Sketch of the medical history of the native army of Bombay, for the year
Year: 1870
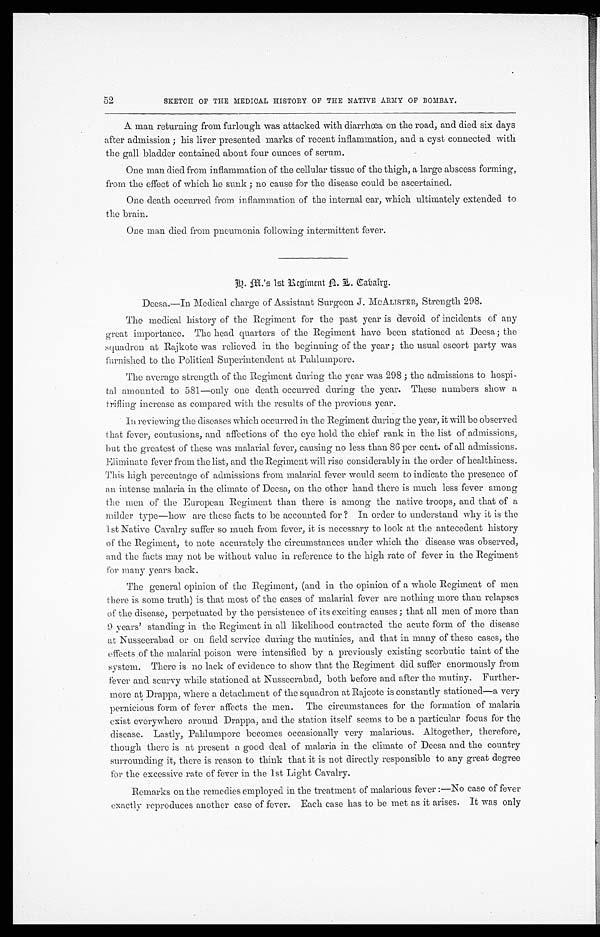
52
SKETCH OF THE MEDICAL HISTORY OF THE NATIVE ARMY OF BOMBAY.
A man returning from furlough was attacked with diarrhœa on the road, and died six days
after admission ; his liver presented marks of recent inflammation, and a cyst connected with
the gall bladder contained about four ounces of serum.
One man died from inflammation of the cellular tissue of the thigh, a large abscess forming,
from the effect of which he sunk ; no cause for the disease could be ascertained.
One death occurred from inflammation of the internal ear, which ultimately extended to
the brain.
One man died from pneumonia following intermittent fever.
H . M . ' s 1 s t R e g i m e n t A . L . C a b a l r g .
Deesa.—In Medical charge of Assistant Surgeon J. MCALISTER, Strength 298.
The medical history of the Regiment for the past year is devoid of incidents of any
great importance. The head quarters of the Regiment have been stationed at Deesa; the
squadron at Rajkote was relieved in the beginning of the year; the usual escort party was
furnished to the Political Superintendent at Pahlumpore.
The average strength of the Regiment during the year was 298 ; the admissions to hospi
-tal amounted to 581—only one death occurred during the year. These numbers show a
trifling increase as compared with the results of the previous year.
In reviewing the diseases which occurred in the Regiment during the year, it will be observed
that fever, contusions, and affections of the eye hold the chief rank in the list of admissions,
but the greatest of these was malarial fever, causing no less than 86 per cent. of all admissions.
Eliminate fever from the list, and the Regiment will rise considerably in the order of healthiness.
This high percentage of admissions from malarial fever would seem to indicate the presence of
an intense malaria in the climate of Deesa, on the other hand there is much less fever among
the men of the European Regiment than there is among the native troops, and that of a
milder type—how are these facts to be accounted for ? In order to understand why it is the
1st Native Cavalry suffer so much from fever, it is necessary to look at the antecedent history
of the Regiment, to note accurately the circumstances under which the disease was observed,
and the facts may not be without value in reference to the high rate of fever in the Regiment
for many years back.
The general opinion of the Regiment, (and in the opinion of a whole Regiment of men
there is some truth) is that most of the cases of malarial fever are nothing more than relapses
of the disease, perpetuated by the persistence of its exciting causes; that all men of more than
9 years' standing in the Regiment in all likelihood contracted the acute form of the disease
at Nusseerabad or on field service during the mutinies, and that in many of these cases, the
effects of the malarial poison were intensified by a previously existing scorbutic taint of the
system. There is no lack of evidence to show that the Regiment did suffer enormously from
fever and scurvy while stationed at Nusseerabad, both before and after the mutiny. Further
-more at Drappa, where a detachment of the squadron at Rajcote is constantly stationed—a very
pernicious form of fever affects the men. The circumstances for the formation of malaria
exist everywhere around Drappa, and the station itself seems to be a particular focus for the
disease. Lastly, Pahlumpore becomes occasionally very malarious. Altogether, therefore,
though there is at present a good deal of malaria in the climate of Deesa and the country
surrounding it, there is reason to think that it is not directly responsible to any great degree
for the excessive rate of fever in the 1st Light Cavalry.
Remarks on the remedies employed in the treatment of malarious fever :—No case of fever
exactly reproduces another case of fever. Each case has to be met as it arises. It was only